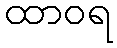
ထာဝရ